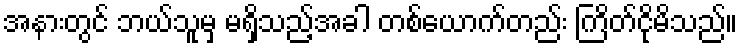
အနားတွင် ဘယ်သူမှ မရှိသည့်အခါ တစ်ယောက်တည်း ကြိတ်ငိုမိသည်။